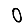
Digit: 0